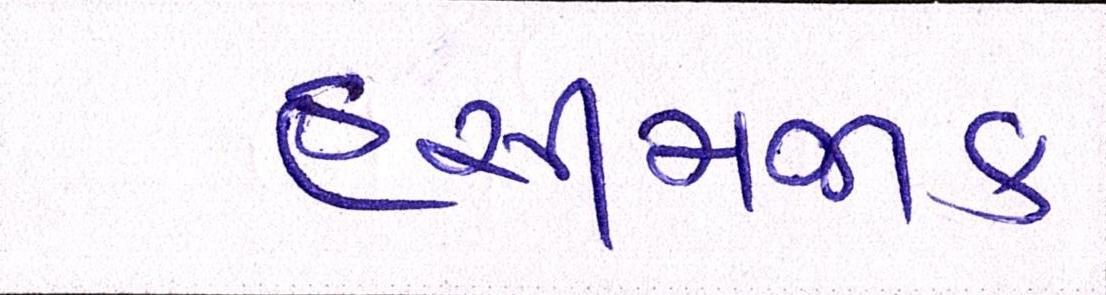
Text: હસીમજાક